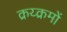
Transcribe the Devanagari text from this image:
क्रय्क्रमों